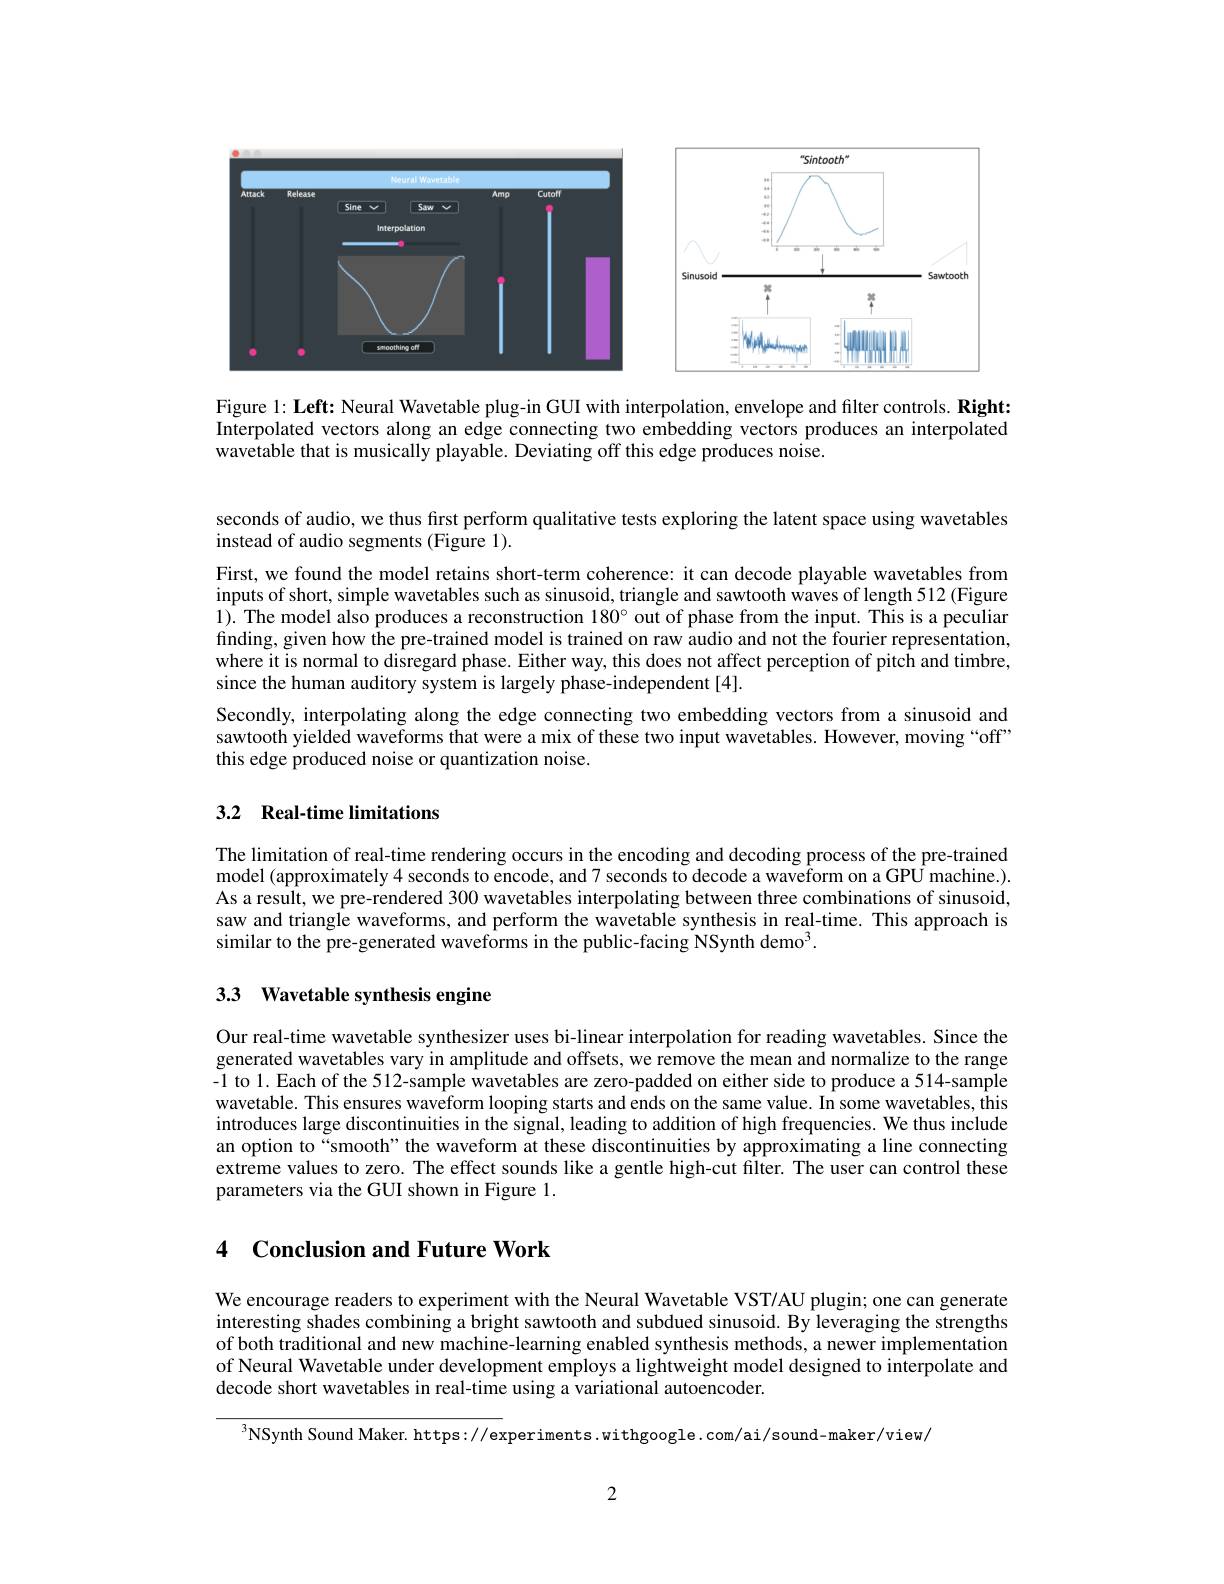
<FigureHere>

Figure 1: Left: Neural Wavetable plug-in GUI with interpolation, envelope and filter controls. Right: Interpolated vectors along an edge connecting two embedding vectors produces an interpolated wavetable that is musically playable. Deviating off this edge produces noise.

seconds of audio, we thus fırst perform qualitative tests exploring the latent space using wavetables
instead of audio segments (Figure 1).
First, we found the model retains short-term coherence: it can decode playable wavetables from inputs of short, simple wavetables such as sinusoid, triangle and sawtooth waves of length 512 (Figure 1). The model also produces a reconstruction $180^{\circ}$ out of phase from the input. This is a peculiar finding, given how the pre-trained model is trained on raw audio and not the fourier representation, where it is normal to disregard phase. Either way, this does not affect perception of pitch and timbre, since the human auditory system is largely phase-independent[4].
Secondly, interpolating along the edge connecting two embedding vectors from a sinusoid and sawtooth yielded waveforms that were a mix of these two input wavetables. However, moving “off” this edge produced noise or quantization noise.

## 3.2 Real-time limitations

The limitation of real-time rendering occurs in the encoding and decoding process of the pre-trained model (approximately 4 seconds to encode, and 7 seconds to decode a waveform on a GPU machine.). As a result, we pre-rendered 300 wavetables interpolating between three combinations of sinusoid, saw and triangle waveforms, and perform the wavetable synthesis in real-time. This approach is similar to the pre-generated waveforms in the public-facing NSynth demo$^3.$

# 3.3 Wavetable synthesis engine

Our real-time wavetable synthesizer uses bi-linear interpolation for reading wavetables. Since the generated wavetables vary in amplitude and offsets, we remove the mean and normalize to the range -1 to l. Each of the 512-sample wavetables are zero-padded on either side to produce a 514-sample wavetable. This ensures waveform looping starts and ends on the same value. In some wavetables, this introduces large discontinuities in the signal, leading to addition of high frequencies. We thus include an option to “smooth” the waveform at these discontinuities by approximating a line connecting extreme values to zero. The effect sounds like a gentle high-cut filter. The user can control these parameters via the GUI shown in Figure 1.

## 4 Conclusion and Future Work

We encourage readers to experiment with the Neural Wavetable VST/AU plugin; one can generate interesting shades combining a bright sawtooth and subdued sinusoid. By leveraging the strengths of both traditional and new machine-learning enabled synthesis methods, a newer implementation of Neural Wavetable under development employs a lightweight model designed to interpolate and decode short wavetables in real-time using a variational autoencoder.

$^{3}$NSynth Sound Maker. https://experiments. withgoogle. com/ai/sound-maker/view/

2